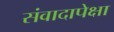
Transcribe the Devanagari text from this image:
संवादापेक्षा